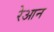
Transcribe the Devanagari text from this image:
रेआन